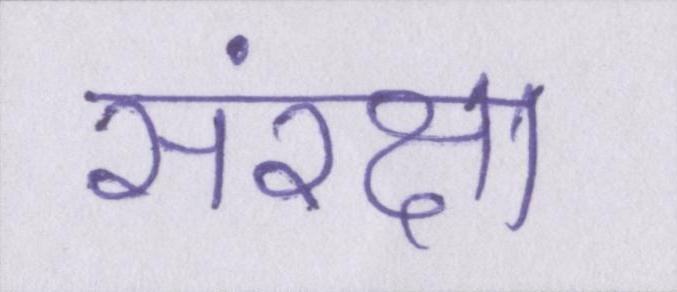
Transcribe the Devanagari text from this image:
संरक्षा